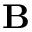
\mathbf { B }